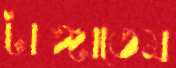
টাঙ্গাতেম